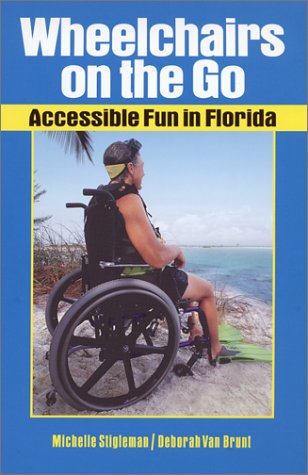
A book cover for Wheelchairs on the Go: Accessible Fun in Florida; Michelle Stigleman; Travel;